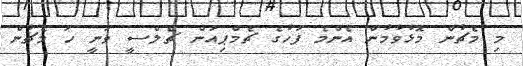
މި މެޗުން މޮޅުވުމުން އެންމެ ފަހުގެ ޗެމްޕިއަން ޗެލްސީ ވަނީ ހަ މެޗުން